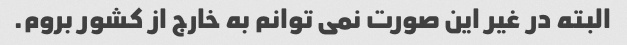
البته در غیر این صورت نمی توانم به خارج از کشور بروم.